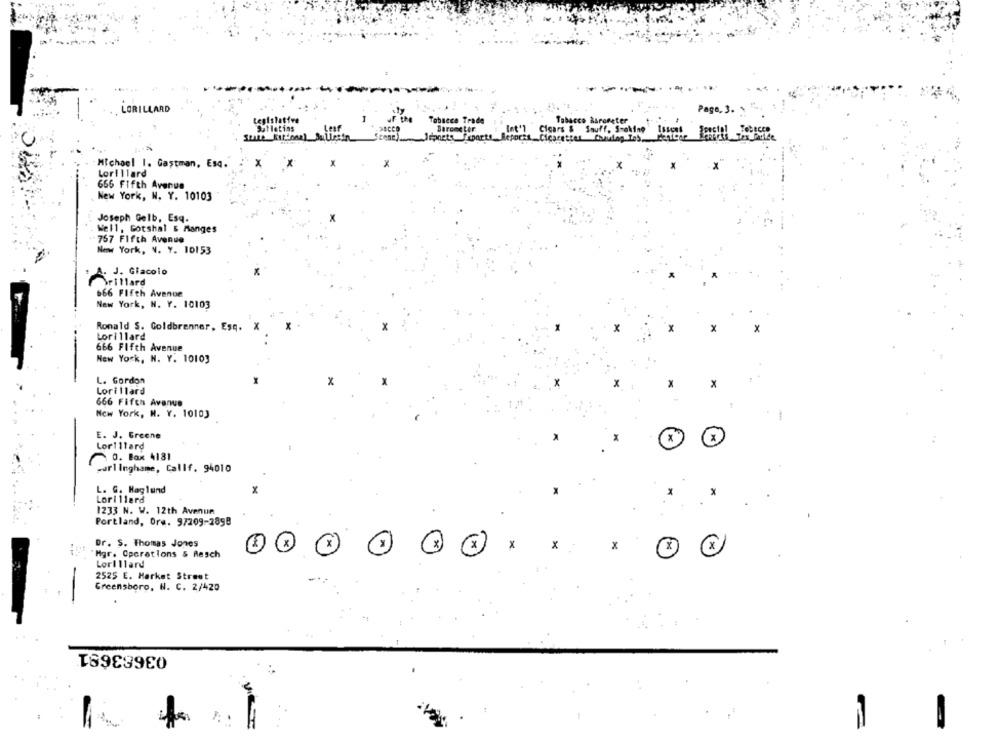
LORILLARD
Page, 3.
Legislative
Bulletins
Tobacco Trade
rome te
Clears
Snuff. Smoking
Michael 1. Gastman, Esq.
Lorillard
665 Fifth Avenue
New York, N. Y. 10103
Joseph Gelb, Esq.
Well, Gotshal & Manges
757 Fifth Avenue
New York, V. Y. 10153
A. J. Giacolo
Drillard
666 Fifth Avenue
New York, N. Y. 10103
Ronald S. Goldbrenner, Esq.
Lorillard
666 Fifth Avenue
New York, N. Y. 10103
L. Gordon
x
Lorillard
666 Fifth Avenue
New York, N. Y. 10103
E. J. Greene
Lor11tard
x
O. Box 4131
-url Inghame, Callf. 94010
L. G. Haglund
Lorillard
1233 N. W. 12th Avenue
Portland, Ore. 9/209-2898
Dr. S. Thomas Jones
x)
X
Mgr. Operations & Resch
LorIllard
2525 E. Market Street
Greensboro, N. C. 2/420
03683691
.